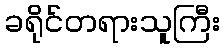
ခရိုင်တရားသူကြီး